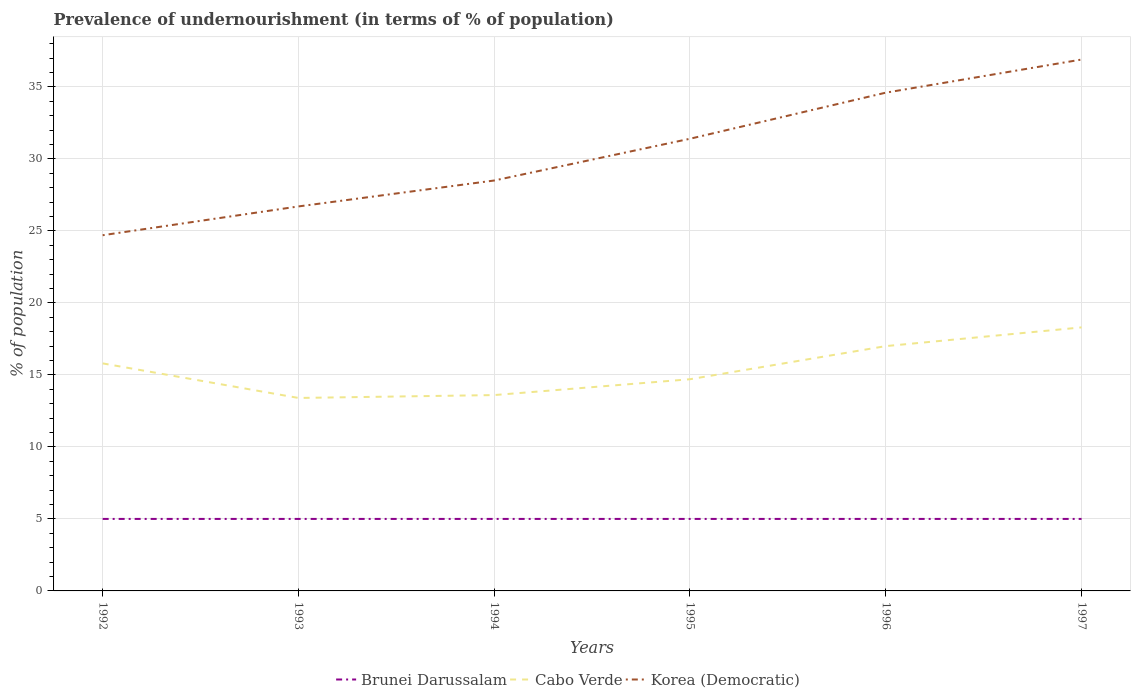
| Years | Brunei Darussalam | Cabo Verde | Korea (Democratic) |
 | --- | --- | --- | --- |
 | 1992 | 5 | 15.8 | 24.7 |
 | 1993 | 5 | 13.4 | 26.7 |
 | 1994 | 5 | 13.6 | 28.5 |
 | 1995 | 5 | 14.7 | 31.4 |
 | 1996 | 5 | 17 | 34.6 |
 | 1997 | 5 | 18.3 | 36.9 |